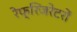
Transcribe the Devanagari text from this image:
रेफ्रिजरेटरों